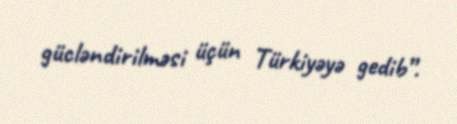
gücləndirilməsi üçün Türkiyəyə gedib”.